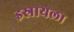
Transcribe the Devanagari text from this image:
इस्रायला